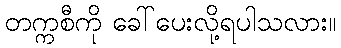
တက္ကစီကို ခေါ်ပေးလို့ရပါသလား။